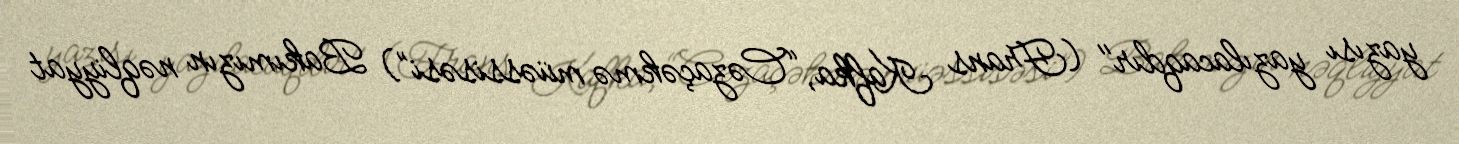
yazısı yazılacaqdır" (Frans Kafka, “Cəzaçəkmə müəssisəsi”) Bakımızın nəqliyyat